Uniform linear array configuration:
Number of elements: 64
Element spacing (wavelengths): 0.75
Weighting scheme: cosine
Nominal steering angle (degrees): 60
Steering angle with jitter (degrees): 60.162
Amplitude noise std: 0.05
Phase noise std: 0.05

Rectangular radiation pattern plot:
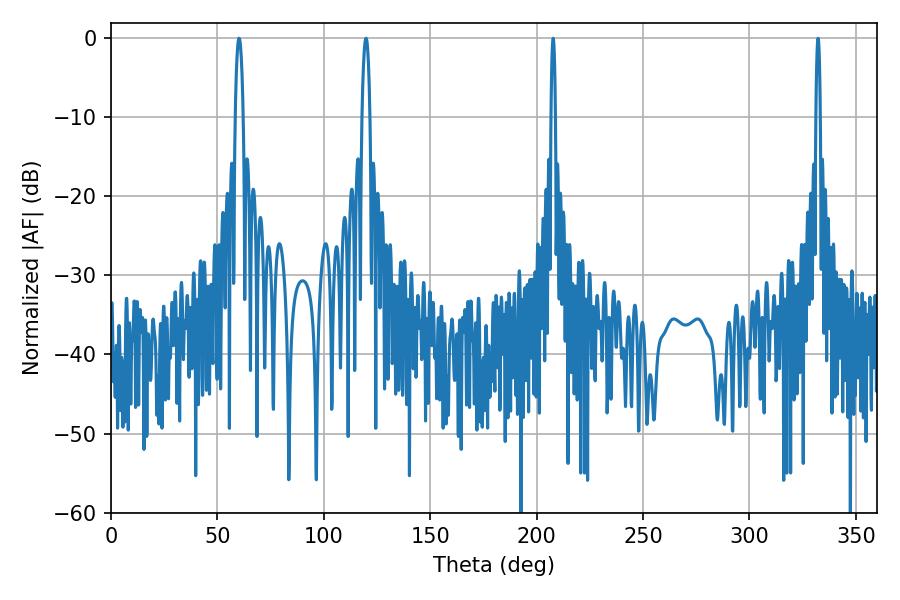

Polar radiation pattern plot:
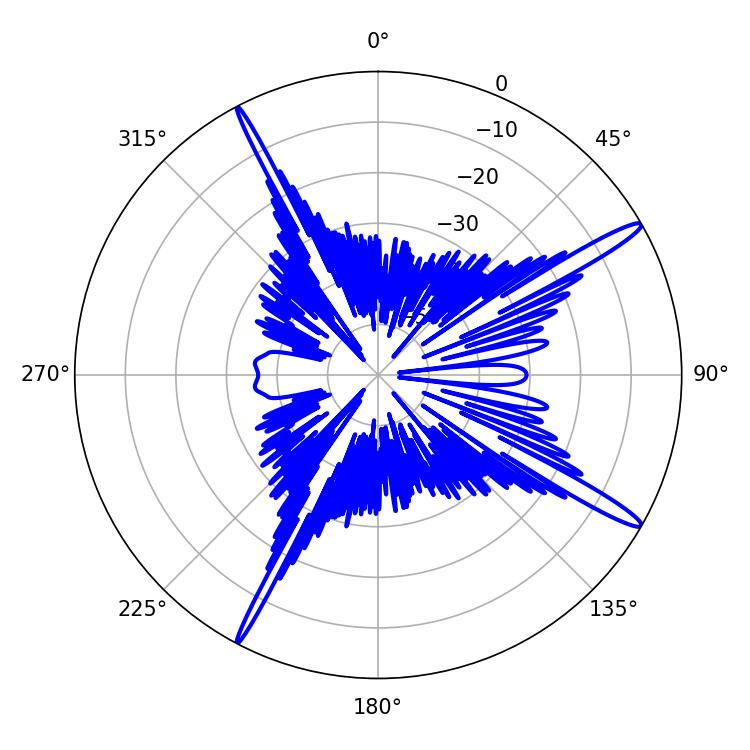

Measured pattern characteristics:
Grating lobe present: TRUE
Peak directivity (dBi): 15.913
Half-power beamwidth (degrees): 1.98
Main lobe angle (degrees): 60.12